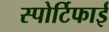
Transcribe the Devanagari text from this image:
स्पोर्टिफाई